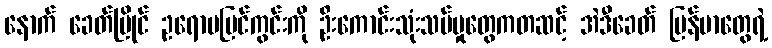
နောက် ခေတ်ပြိုင် ဥရောပမြင်ကွင်းကို ဦးကောင်းသုံးသပ်မှုတွေကတဆင့် အဲဒီခေတ် မြန်မာတွေရဲ့